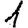
Digit: 1